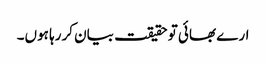
ارے بھائی تو حقیقت بیان کررہا ہوں۔